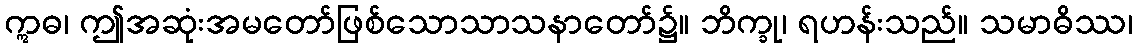
ဣဓ၊ ဤအဆုံးအမတော်ဖြစ်သောသာသနာတော်၌။ ဘိက္ခု၊ ရဟန်းသည်။ သမာဓိဿ၊